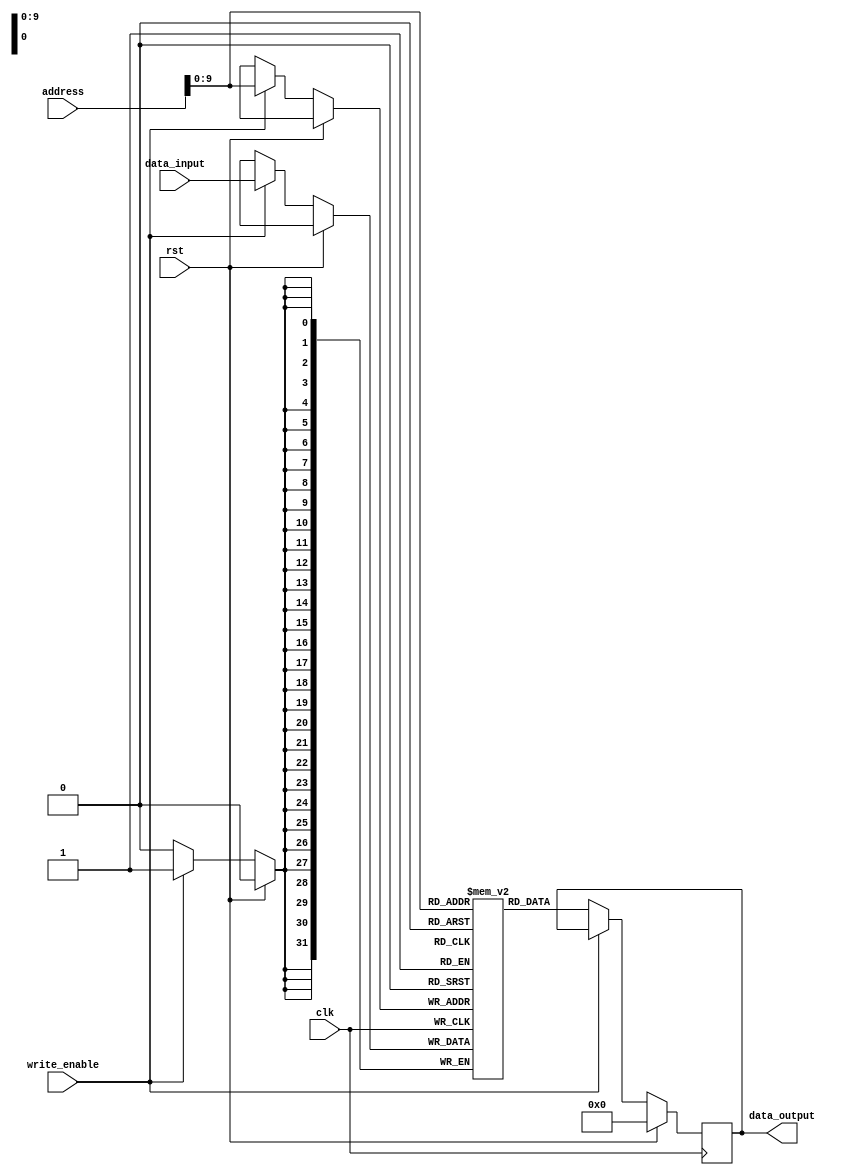
module SDRAM (
    input wire clk,
    input wire rst,
    input wire write_enable,
    input wire [31:0] address,
    input wire [31:0] data_input,
    output reg [31:0] data_output
);

reg [31:0] memory [0:1023]; // Memory array with 1024 memory locations

always @(posedge clk) begin
    if (rst) begin
        data_output <= 0;
    end else begin
        if (write_enable) begin
            memory[address] <= data_input;
        end else begin
            data_output <= memory[address];
        end
    end
end

endmodule